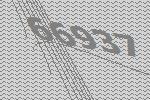
66937